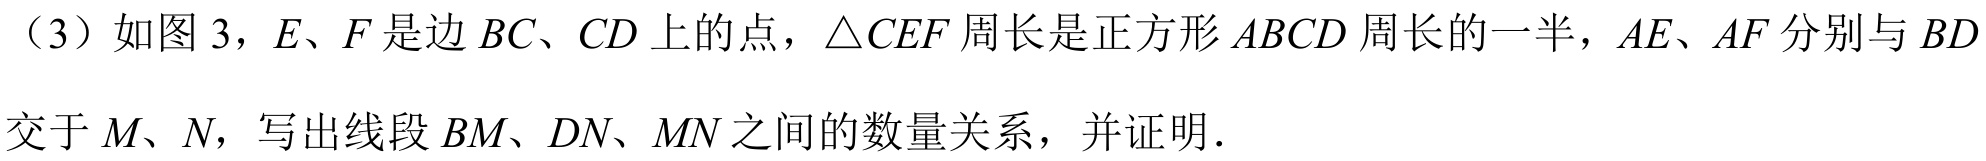
（3）如图 3，E、F 是边 BC、CD 上的点，\(\triangle CEF\)周长是正方形 \(ABCD\) 周长的一半，AE、AF 分别与 BD 交于 M、N，写出线段 BM、DN、MN 之间的数量关系，并证明.